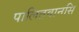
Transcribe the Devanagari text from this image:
पालितवानसि